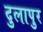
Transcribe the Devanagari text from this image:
दुलापुर